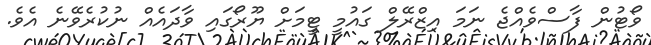
ވޯޓުން ފާސްވެއްޖެ ނަަމަ އިޒްރޭލް ގައުމީ ޓީމަށް ޔޫރޯގައި ވާދައެއް ނުކުރެވޭނެ އެވެ.